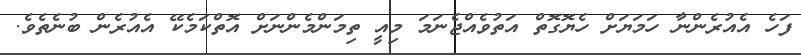
ފަހެ އެއުރެންނާ ހަމަޔަށް ހެޔޮގޮތް އަތުވެއްޖެނަމަ މިއީ ތިމަންމެންނަށް އޮތްކަމެކޭ އެއުރެން ބުނެތެވެ.